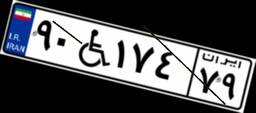
۵۴W۹۸۴۶۵